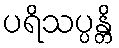
ပရိသပ္ပန္တိ